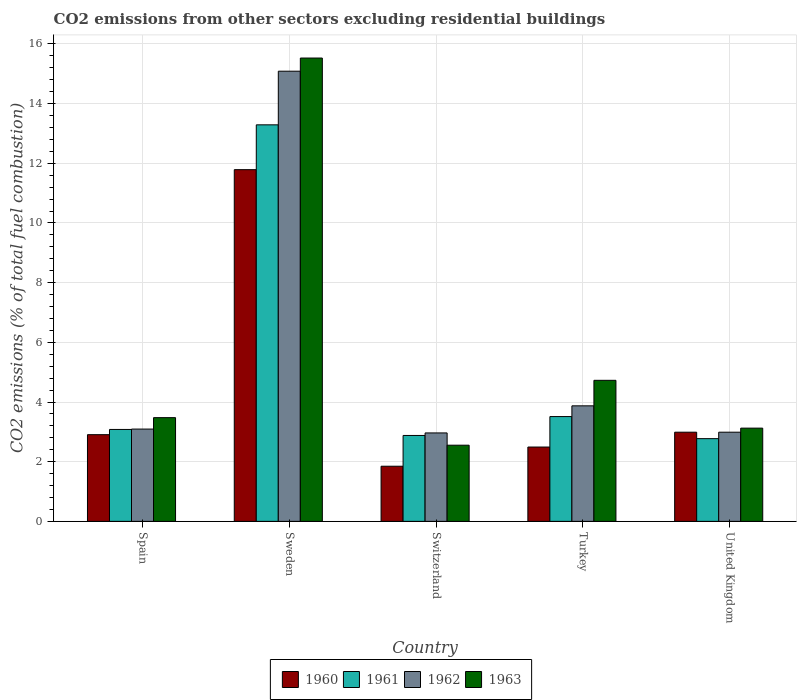
| Country | 1960 | 1961 | 1962 | 1963 |
 | --- | --- | --- | --- | --- |
 | Spain | 2.91 | 3.08 | 3.09 | 3.48 |
 | Sweden | 11.8 | 13.3 | 15.1 | 15.5 |
 | Switzerland | 1.85 | 2.88 | 2.96 | 2.55 |
 | Turkey | 2.49 | 3.51 | 3.87 | 4.73 |
 | United Kingdom | 2.99 | 2.77 | 2.99 | 3.12 |